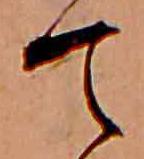
て